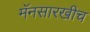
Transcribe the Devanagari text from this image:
मॅनसारखीच